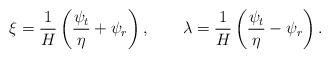
\begin{align*} \xi=\frac{1}{H}\left(\frac{\psi_t}{\eta}+\psi_r\right),\qquad\lambda=\frac{1}{H}\left(\frac{\psi_t}{\eta}-\psi_r\right).\end{align*}